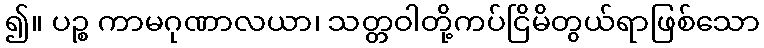
၍။ ပဉ္စ ကာမဂုဏာလယာ၊ သတ္တဝါတို့ကပ်ငြိမိတွယ်ရာဖြစ်သော